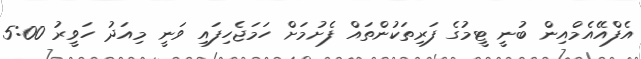
އެފްއޭއެމްއިން ބުނީ ޓީމުގެ ފަރިތަކުންތައް ފެށުމަށް ހަމަޖެހިފައި ވަނީ މިއަދު ހަވީރު 5:00